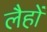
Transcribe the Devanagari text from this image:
लैहों